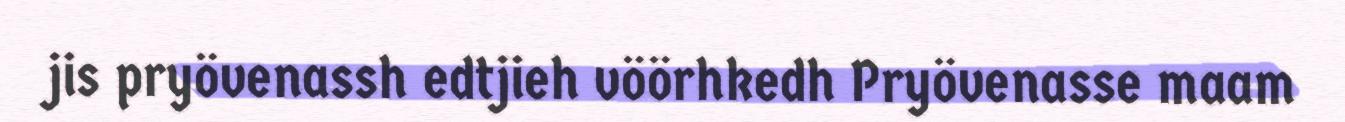
jis pryövenassh edtjieh vöörhkedh Pryövenasse maam